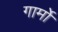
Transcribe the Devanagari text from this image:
गार्मो